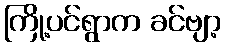
ကြို့ပင်ရွာက ခင်ဗျာ့